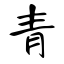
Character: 青